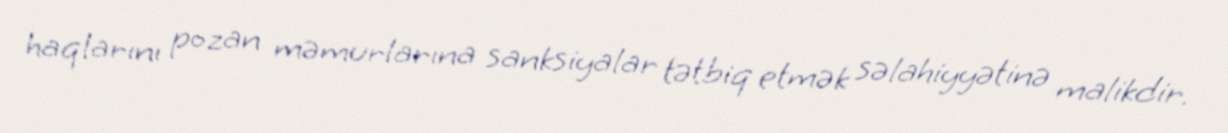
haqlarını pozan məmurlarına sanksiyalar tətbiq etmək səlahiyyətinə malikdir.